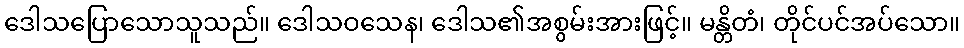
ဒေါသပြောသောသူသည်။ ဒေါသဝသေန၊ ဒေါသ၏အစွမ်းအားဖြင့်။ မန္တိတံ၊ တိုင်ပင်အပ်သော။